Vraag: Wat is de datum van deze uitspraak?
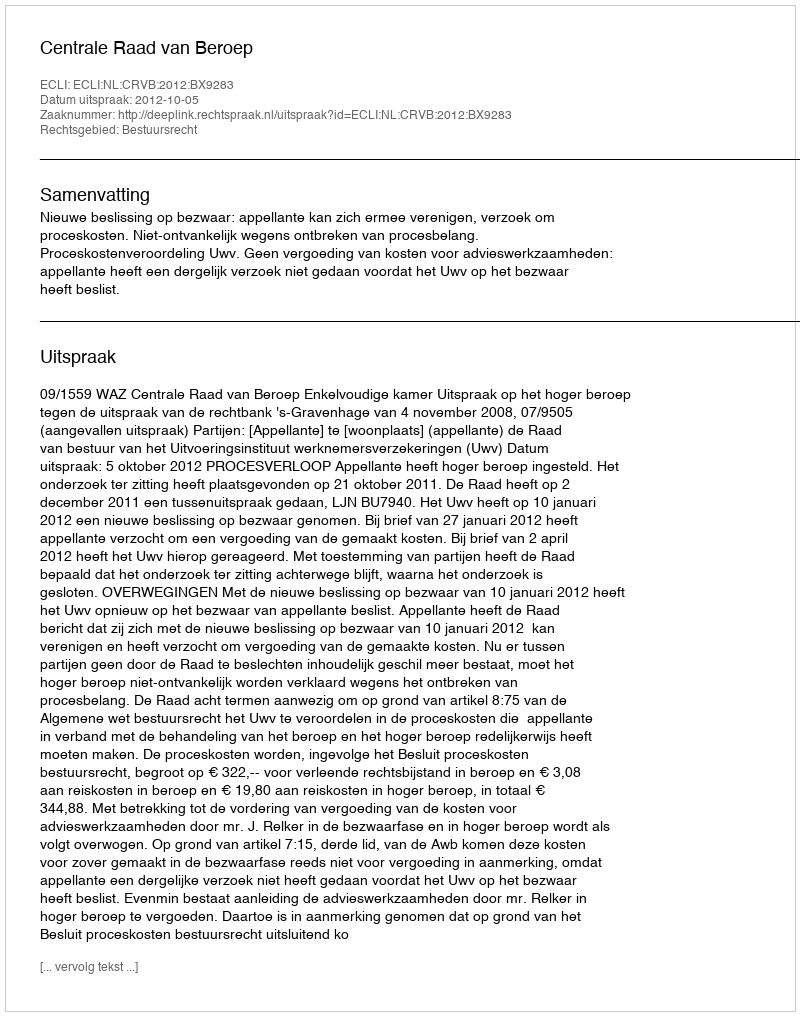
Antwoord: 2012-10-05